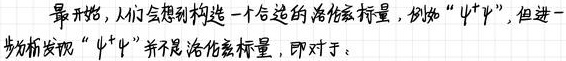
最开始，人们会想到构造一个合适的洛伦兹标量，例如“$\psi \psi$”，但进一步分析发现“$\psi \psi$”并不是洛伦兹标量，即对于：